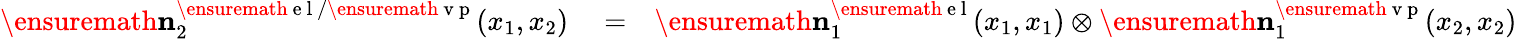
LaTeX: \begin{array}{rlr}{\ensuremath{\mathbf{n}}_{2}^{\ensuremath{\mathrm{~e~l~}}/\ensuremath{\mathrm{~v~p~}}}(x_{1},x_{2})}&{{}=}&{\ensuremath{\mathbf{n}}_{1}^{\ensuremath{\mathrm{~e~l~}}}(x_{1},x_{1})\otimes\ensuremath{\mathbf{n}}_{1}^{\ensuremath{\mathrm{~v~p~}}}(x_{2},x_{2})}\end{array}